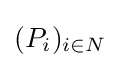
(P_{i})_{i\in N}